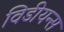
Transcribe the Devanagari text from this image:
विडीयन्स